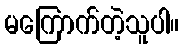
မကြောက်တဲ့သူပါ။